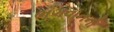
ભગવાનનો